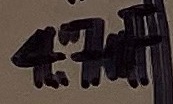
Text: 4,7uF